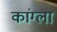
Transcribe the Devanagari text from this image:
कांग्ला